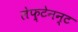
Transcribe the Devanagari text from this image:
लेफ़्टेनन्ट